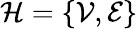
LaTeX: \mathcal{H}=\{ \mathcal{V},\mathcal{E}\}